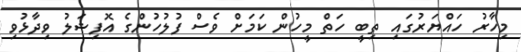
މިހާރު ހައްޔަރުގައި ތިބީ ހަތް މީހުން ކަމަށް ވެސް ފުލުހުންގެ އޮފިޝަލު ވިދާޅުވި